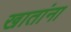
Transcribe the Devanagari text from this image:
खातांना